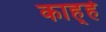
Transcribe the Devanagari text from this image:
काह्हे